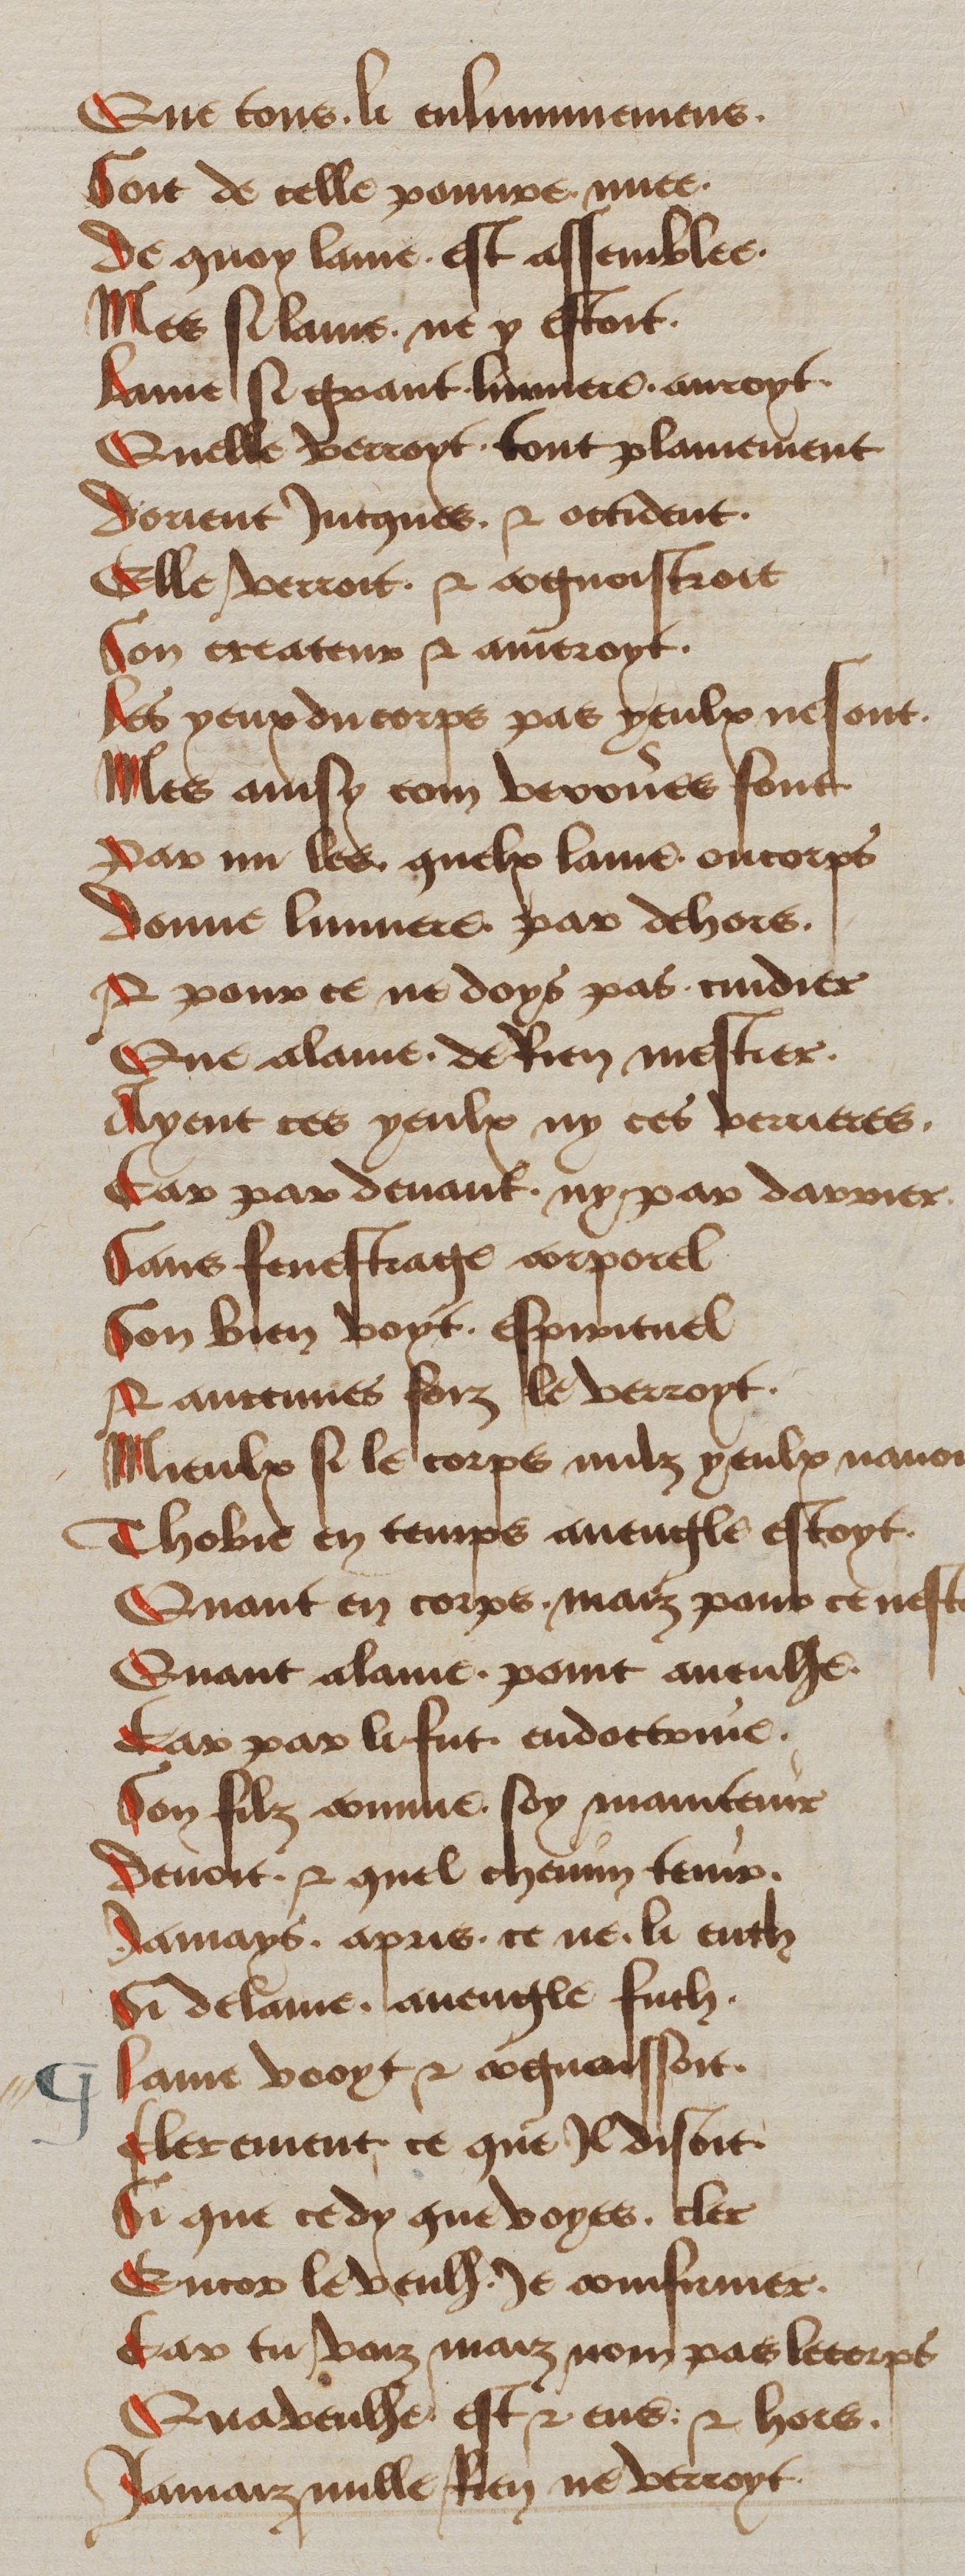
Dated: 1450–1499